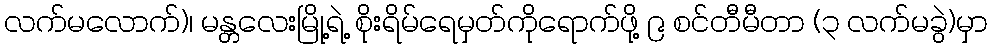
လက်မလောက်)၊ မန္တလေးမြို့ရဲ့ စိုးရိမ်ရေမှတ်ကိုရောက်ဖို့ ၉ စင်တီမီတာ (၃ လက်မခွဲ)မှာ